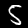
Digit: 5